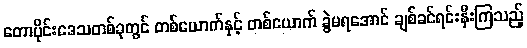
တောပိုင်းဒေသတစ်ခုတွင် တစ်ယောက်နှင့် တစ်ယောက် ခွဲမရအောင် ချစ်ခင်ရင်းနှီးကြသည့်